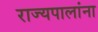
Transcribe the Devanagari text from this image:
राज्यपालांना